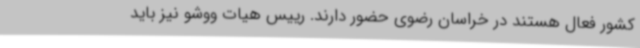
کشور فعال هستند در خراسان رضوی حضور دارند. رییس هیات ووشو نیز باید